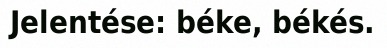
Jelentése: béke, békés.